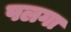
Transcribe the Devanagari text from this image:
पलगा